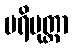
ပရိမုတ္တာ